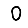
Digit: 0